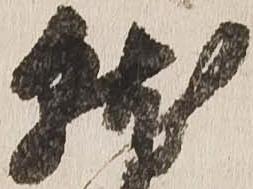
就